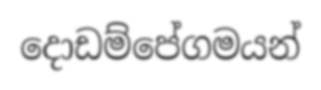
දොඩම්පේගමයන්